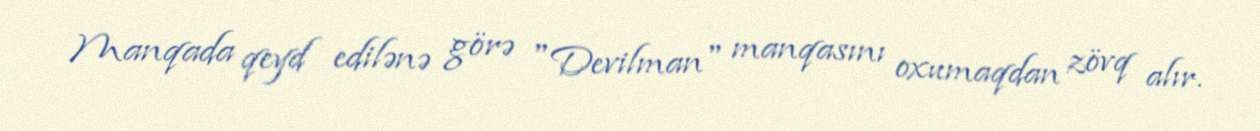
Manqada qeyd edilənə görə "Devilman" manqasını oxumaqdan zövq alır.